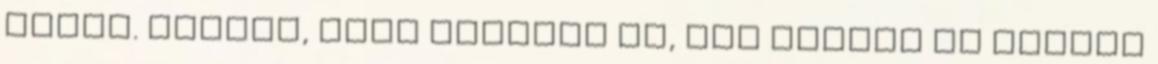
verne. Tudtam, hogy Angelle az, aki mindig az igazat